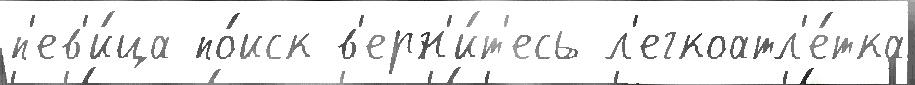
п'ев'и́ца по́иск в'ерн'и́т'есь л'егкоатл'е́тка